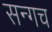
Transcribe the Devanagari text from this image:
सन्गच